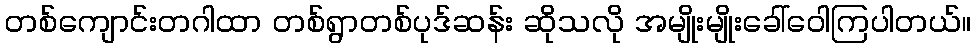
တစ်ကျောင်းတဂါထာ တစ်ရွာတစ်ပုဒ်ဆန်း ဆိုသလို အမျိုးမျိုးခေါ်ဝေါကြပါတယ်။